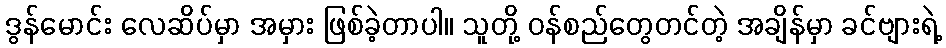
ဒွန်မောင်း လေဆိပ်မှာ အမှား ဖြစ်ခဲ့တာပါ။ သူတို့ ဝန်စည်တွေတင်တဲ့ အချိန်မှာ ခင်ဗျားရဲ့